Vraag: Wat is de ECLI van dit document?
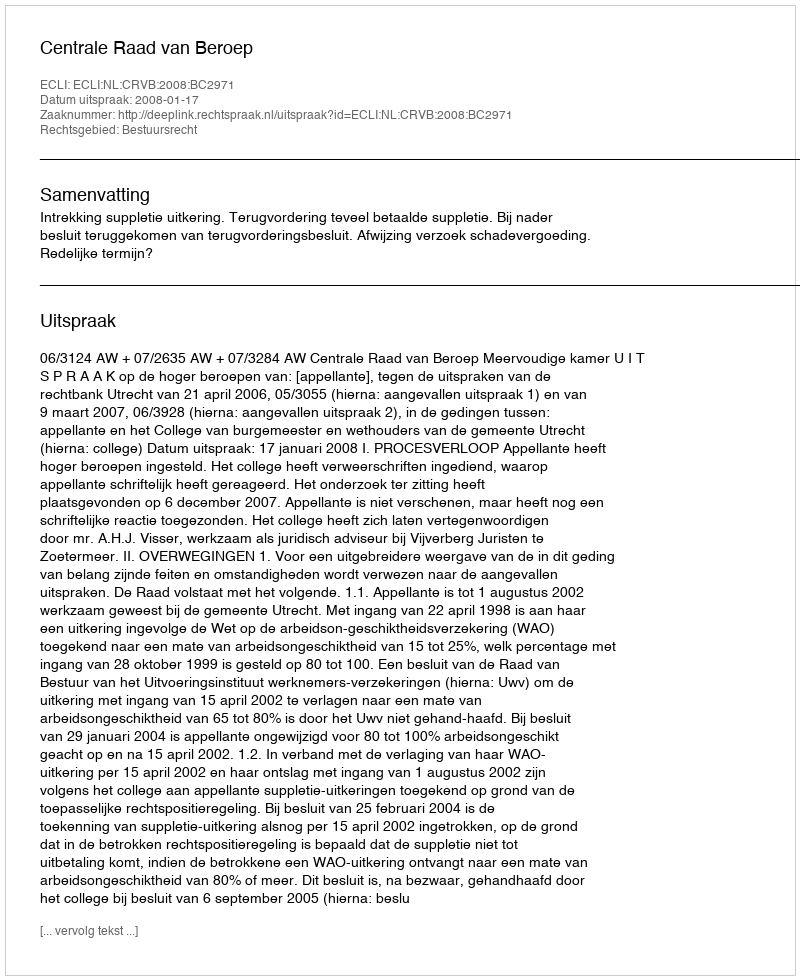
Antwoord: ECLI:NL:CRVB:2008:BC2971